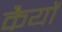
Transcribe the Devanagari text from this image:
कैयों